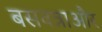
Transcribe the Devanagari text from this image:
बसवन्नाऔर